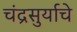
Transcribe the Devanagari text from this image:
चंद्रसुर्याचे